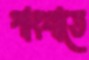
পাংশাতে